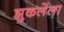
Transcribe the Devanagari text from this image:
झुकलेला